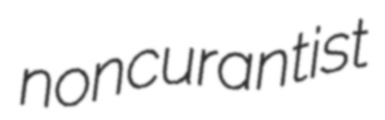
noncurantist